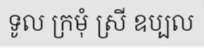
ទូល ក្រមុំ ស្រី ឧប្បល